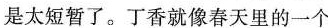
是太短暂了。丁香就像春天里的一个